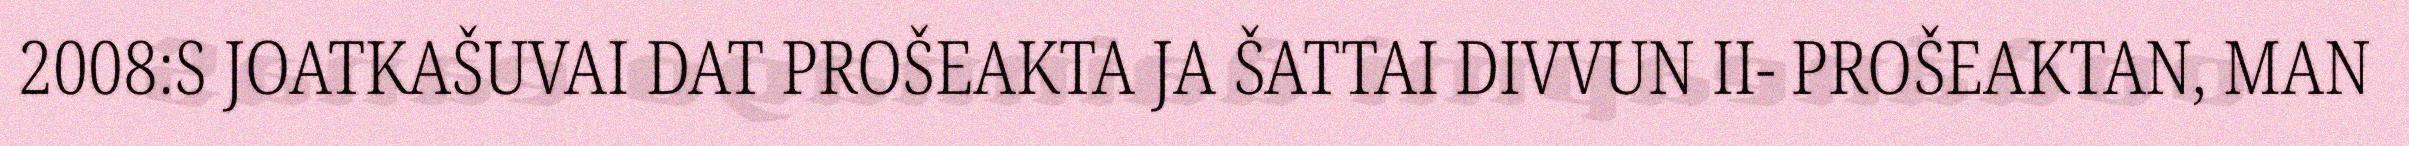
2008:S JOATKAŠUVAI DAT PROŠEAKTA JA ŠATTAI DIVVUN II- PROŠEAKTAN, MAN